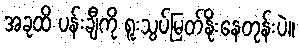
အခုထိ ပန်းချီကို ရူးသွပ်မြတ်နိုးနေတုန်းပဲ။